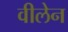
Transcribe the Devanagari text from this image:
वीलेन